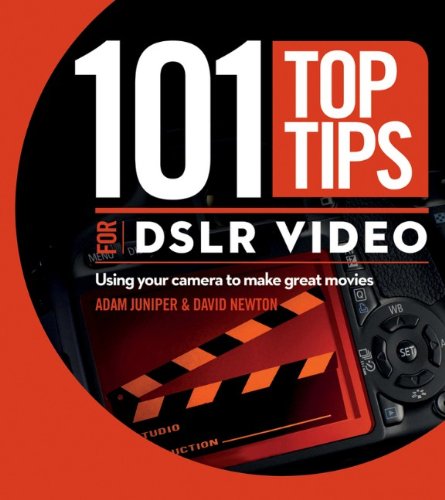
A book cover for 101 Top Tips for DSLR Video: Using Your Camera to Make Great Movies; David Newton; Arts & Photography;